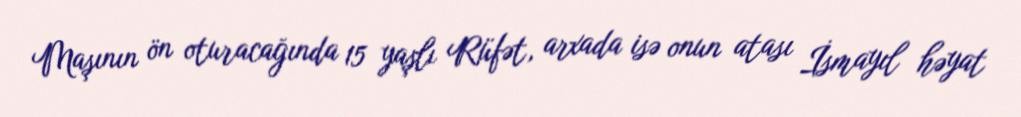
Maşının ön oturacağında 15 yaşlı Rüfət, arxada isə onun atası İsmayıl həyat